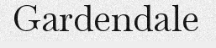
Gardendale